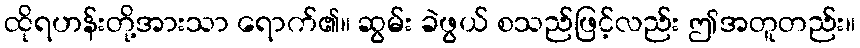
ထိုရဟန်းတို့အားသာ ရောက်၏။ ဆွမ်း ခဲဖွယ် စသည်ဖြင့်လည်း ဤအတူတည်း။